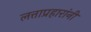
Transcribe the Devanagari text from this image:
लत्ताप्रहारांनी